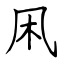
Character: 凩